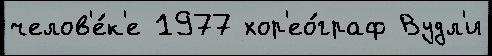
челов'е́к'е 1977 хор'ео́граф Вудл'и